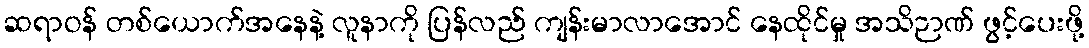
ဆရာဝန် တစ်ယောက်အနေနဲ့ လူနာကို ပြန်လည် ကျန်းမာလာအောင် နေထိုင်မှု အသိဉာဏ် ဖွင့်ပေးဖို့